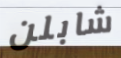
شابلن